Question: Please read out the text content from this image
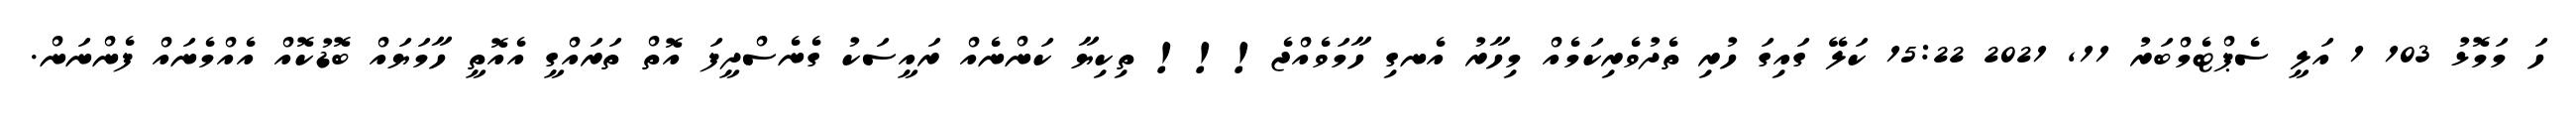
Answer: ހަ މަމޮޅު 103 1 އަލީ ސެޕްޓެމްބަރު 11, 2021 15:22 ކަލޭ ގައިގަ ހުރި ތެދުވެރިކަމެއް މިހާރު އެނގި ހާމަވެއްޖެ!!! ތިކިޔާ ކަންނެއް ރައީސަކު ގެނެސްދީފަ އޮތް ތަރައްގީ އެއޮތީ ހާމަޔައް ބޮޑުކޮއް އެއްމެނައް ފެންނަން.